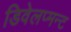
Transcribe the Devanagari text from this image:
डिवेलप्मन्ट